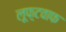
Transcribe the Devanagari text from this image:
लूफ़्टवाफ